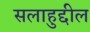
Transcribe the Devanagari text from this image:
सलाहुद्दील